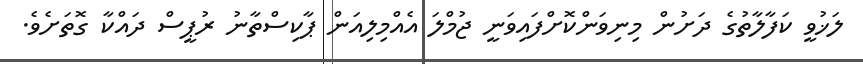
ލަޚުވީ ކަފާލާތުގެ ދަށުން މިނިވަންކޮށްފައިވަނީ ޖުމްލަ އެއްމިލިއަން ޕާކިސްތާނު ރުޕީސް ދައްކާ ގޮތަށެވެ.